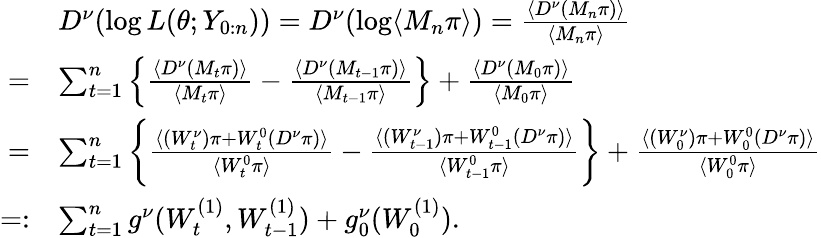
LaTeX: \begin{array}{rl}&{D^{\nu}(\log L(\theta;Y_{0:n}))=D^{\nu}(\log\langle M_{n}\pi\rangle)=\frac{\langle D^{\nu}(M_{n}\pi)\rangle}{\langle M_{n}\pi\rangle}}\\ {=}&{\sum_{t=1}^{n}\left\{ \frac{\langle D^{\nu}(M_{t}\pi)\rangle}{\langle M_{t}\pi\rangle}-\frac{\langle D^{\nu}(M_{t-1}\pi)\rangle}{\langle M_{t-1}\pi\rangle}\right\} +\frac{\langle D^{\nu}(M_{0}\pi)\rangle}{\langle M_{0}\pi\rangle}}\\ {=}&{\sum_{t=1}^{n}\bigg\{ \frac{\langle(W_{t}^{\nu})\pi+W_{t}^{0}(D^{\nu}\pi)\rangle}{\langle W_{t}^{0}\pi\rangle}-\frac{\langle(W_{t-1}^{\nu})\pi+W_{t-1}^{0}(D^{\nu}\pi)\rangle}{\langle W_{t-1}^{0}\pi\rangle}\bigg\} +\frac{\langle(W_{0}^{\nu})\pi+W_{0}^{0}(D^{\nu}\pi)\rangle}{\langle W_{0}^{0}\pi\rangle}}\\ {=:}&{\sum_{t=1}^{n}g^{\nu}(W_{t}^{(1)},W_{t-1}^{(1)})+g_{0}^{\nu}(W_{0}^{(1)}).}\end{array}